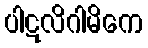
ပါဋလိဂါမိကေ